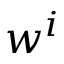
w ^ { i }